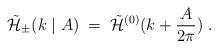
LaTeX: \begin{align*}{\tilde{\cal H}}_{\pm} (k \mid A) \;=\;{\tilde{\cal H}}^{(0)} (k + \frac{A}{2 \pi})\;.\end{align*}